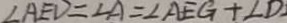
\angle A E D = \angle A = \angle A E G + \angle D